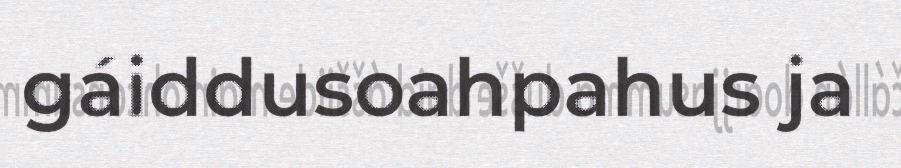
gáiddusoahpahus ja